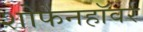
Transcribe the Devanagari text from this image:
शोफेनहॉवर्र